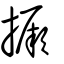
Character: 撅